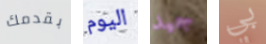
بقدمك اليوم جيد بي